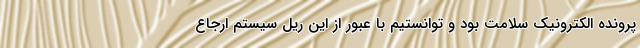
پرونده الکترونیک سلامت بود و توانستیم با عبور از این ریل سیستم ارجاع